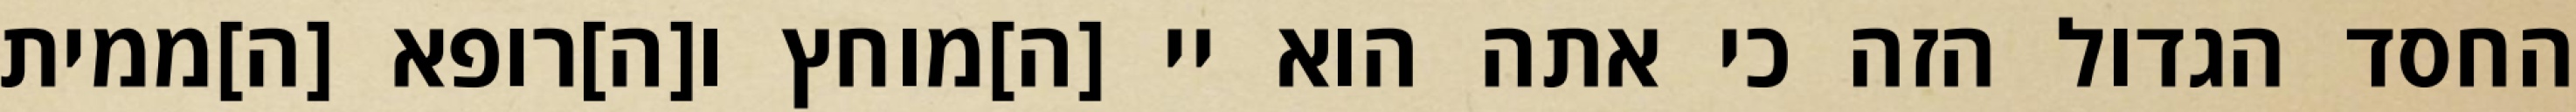
החסד הגדול הזה כי אתה הוא יי [ה]מוחץ ו[ה]רופא [ה]ממית